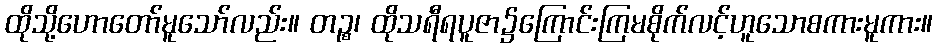
ထိုသို့ဟောတော်မူသော်လည်း။ တဉ္စ၊ ထိုသရီရပူဇာ၌ကြောင်းကြမစိုက်လင့်ဟူသောစကားမူကား။